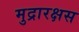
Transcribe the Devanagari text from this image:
मुद्रारक्षस